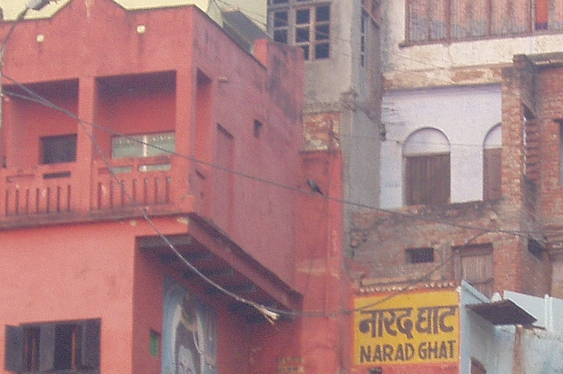
Language: hindi
Transcription: नारद घाट